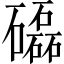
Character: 𥗐